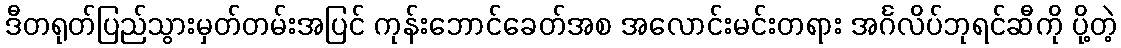
ဒီတရုတ်ပြည်သွားမှတ်တမ်းအပြင် ကုန်းဘောင်ခေတ်အစ အလောင်းမင်းတရား အင်္ဂလိပ်ဘုရင်ဆီကို ပို့တဲ့